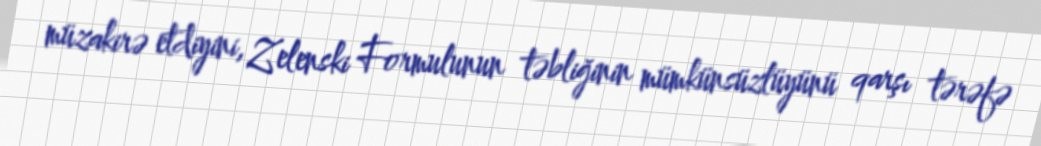
müzakirə etdiyini, Zelenski Formulunun təbliğinin mümkünsüzlüyünü qarşı tərəfə